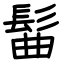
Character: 髷